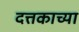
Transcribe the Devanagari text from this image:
दत्तकाच्या